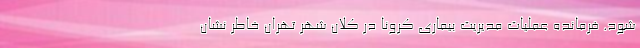
شود. فرمانده عملیات مدیریت بیماری کرونا در کلان شهر تهران خاطر نشان